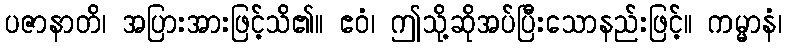
ပဇာနာတိ၊ အပြားအားဖြင့်သိ၏။ ဧဝံ၊ ဤသို့ဆိုအပ်ပြီးသောနည်းဖြင့်။ ကမ္မာနံ၊